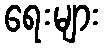
ရေးများ